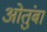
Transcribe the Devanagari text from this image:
ओतुंबा